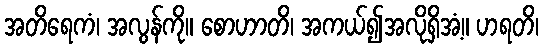
အတိရေကံ၊ အလွန်ကို။ စောဟာတိ၊ အကယ်၍အလိုရှိအံ့။ ဟရတိ၊